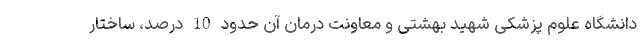
دانشگاه علوم پزشکی شهید بهشتی و معاونت درمان آن‌ حدود 10 درصد، ساختار